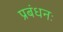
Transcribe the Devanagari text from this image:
प्रबंधनः